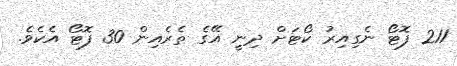
211 ފޮޓޯ ނެގިއިރު ކޯޓަށް ދިނީ އޭގެ ތެރެއިން 30 ފޮޓޯ އެެކެވެ.